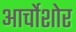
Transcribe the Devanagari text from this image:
आर्चोशोर